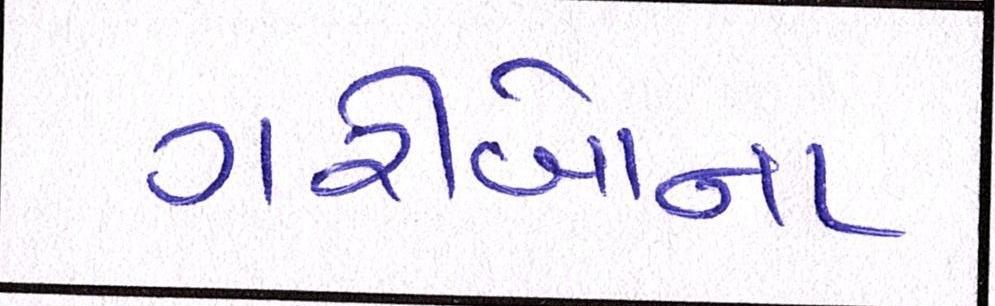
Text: ગરીબોના